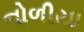
નોળીયા